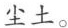
尘土。